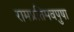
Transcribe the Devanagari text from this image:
रामप्रतिमवपुषा